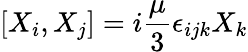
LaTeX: [X_{i},X_{j}]=i{\frac{\mu}{3}}\epsilon_{ijk}X_{k}